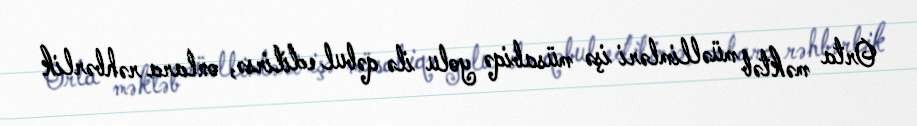
Orta məktəb müəllimləri işə müsabiqə yolu ilə qəbul edilirsə, onlara rəhbərlik